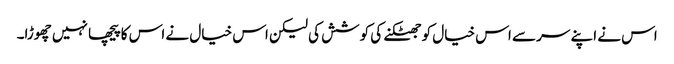
اس نے اپنے سر سے اس خیال کو جھٹکنے کی کوشش کی لیکن اس خیال نے اس کا پیچھا نہیں چھوڑا۔